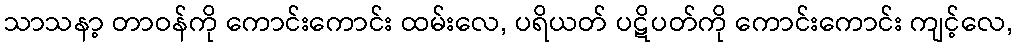
သာသနာ့ တာဝန်ကို ကောင်းကောင်း ထမ်းလေ, ပရိယတ် ပဋိပတ်ကို ကောင်းကောင်း ကျင့်လေ,